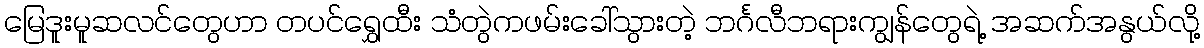
မြေဒူးမူဆလင်တွေဟာ တပင်ရွှေထီး သံတွဲကဖမ်းခေါ်သွားတဲ့ ဘင်္ဂလီဘရားကျွန်တွေရဲ့ အဆက်အနွယ်လို့